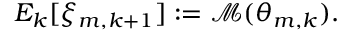
E _ { k } [ \xi _ { m , k + 1 } ] : = \mathcal { M } ( \theta _ { m , k } ) .